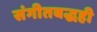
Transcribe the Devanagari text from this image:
संगीतबद्धही